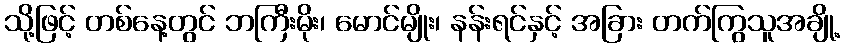
သို့ဖြင့် တစ်နေ့တွင် ဘကြီးမိုး၊ မောင်မျိုး၊ နန်းရင်နှင့် အခြား တက်ကြွသူအချို့